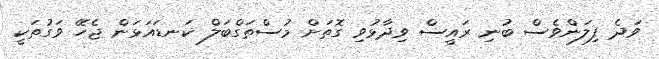
ވަދެ ފިލަންވެސް ބުނި ރައީސް ވިދާޅުވި ގޮތަށް މުސްތަގްބަލް ކަނޑައަޅަން ޖެހޭ ވަގުތަކީ